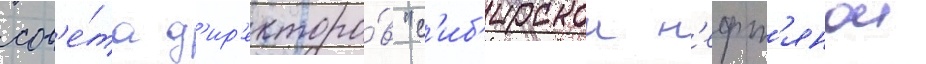
сов'е́та д'ир'екторо́в "с'иб'ирскои н'ефт'янои